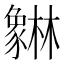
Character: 𰶯